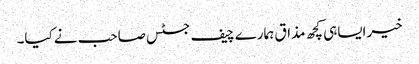
خیرایساہی کچھ مذاق ہمارے چیف جسٹس صاحب نےکیا۔